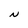
Character: N